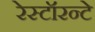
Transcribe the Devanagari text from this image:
रेस्टॉरन्टे